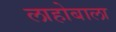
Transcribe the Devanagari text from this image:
लाहोबाला